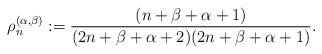
LaTeX: \begin{align*}\rho^{(\alpha,\beta)}_n&:=\frac{(n+\beta+\alpha+1)}{(2n+\beta+\alpha+2)(2n+\beta+\alpha+1)}.\end{align*}